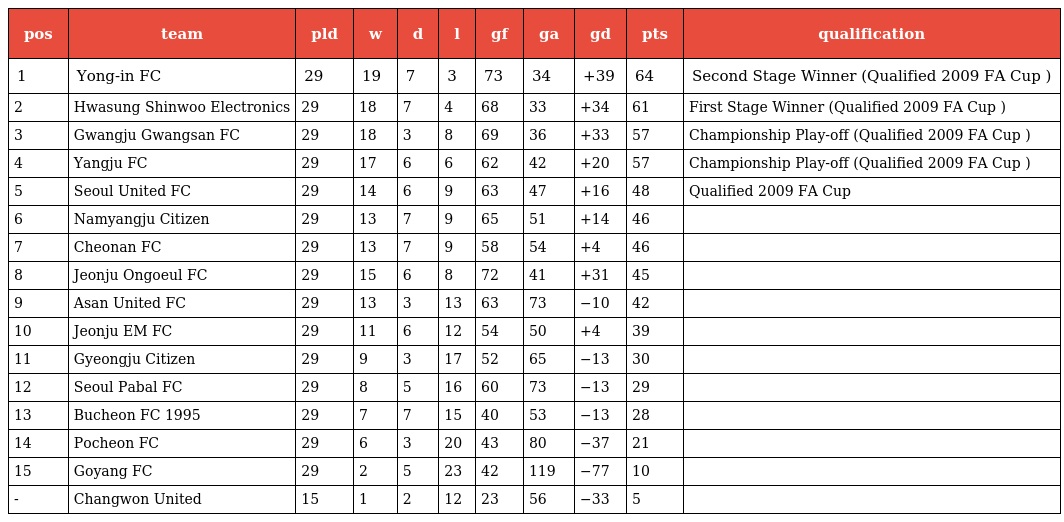
| pos | team | pld | w | d | l | gf | ga | gd | pts | qualification |
 | --- | --- | --- | --- | --- | --- | --- | --- | --- | --- | --- |
 | 1 | Yong-in FC | 29 | 19 | 7 | 3 | 73 | 34 | +39 | 64 | Second Stage Winner (Qualified 2009 FA Cup ) |
 | 2 | Hwasung Shinwoo Electronics | 29 | 18 | 7 | 4 | 68 | 33 | +34 | 61 | First Stage Winner (Qualified 2009 FA Cup ) |
 | 3 | Gwangju Gwangsan FC | 29 | 18 | 3 | 8 | 69 | 36 | +33 | 57 | Championship Play-off (Qualified 2009 FA Cup ) |
 | 4 | Yangju FC | 29 | 17 | 6 | 6 | 62 | 42 | +20 | 57 | Championship Play-off (Qualified 2009 FA Cup ) |
 | 5 | Seoul United FC | 29 | 14 | 6 | 9 | 63 | 47 | +16 | 48 | Qualified 2009 FA Cup |
 | 6 | Namyangju Citizen | 29 | 13 | 7 | 9 | 65 | 51 | +14 | 46 |  |
 | 7 | Cheonan FC | 29 | 13 | 7 | 9 | 58 | 54 | +4 | 46 |  |
 | 8 | Jeonju Ongoeul FC | 29 | 15 | 6 | 8 | 72 | 41 | +31 | 45 |  |
 | 9 | Asan United FC | 29 | 13 | 3 | 13 | 63 | 73 | −10 | 42 |  |
 | 10 | Jeonju EM FC | 29 | 11 | 6 | 12 | 54 | 50 | +4 | 39 |  |
 | 11 | Gyeongju Citizen | 29 | 9 | 3 | 17 | 52 | 65 | −13 | 30 |  |
 | 12 | Seoul Pabal FC | 29 | 8 | 5 | 16 | 60 | 73 | −13 | 29 |  |
 | 13 | Bucheon FC 1995 | 29 | 7 | 7 | 15 | 40 | 53 | −13 | 28 |  |
 | 14 | Pocheon FC | 29 | 6 | 3 | 20 | 43 | 80 | −37 | 21 |  |
 | 15 | Goyang FC | 29 | 2 | 5 | 23 | 42 | 119 | −77 | 10 |  |
 | - | Changwon United | 15 | 1 | 2 | 12 | 23 | 56 | −33 | 5 |  |